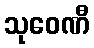
သုဝေဏီ